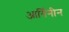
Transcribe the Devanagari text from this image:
आर्गिनीन